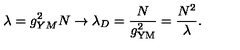
\lambda = g _ { Y M } ^ { 2 } N \rightarrow \lambda _ { D } = \frac { N } { g _ { \mathrm { Y M } } ^ { 2 } } = \frac { N ^ { 2 } } { \lambda } .